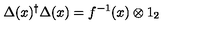
\Delta ( x ) ^ { \dagger } \Delta ( x ) = f ^ { - 1 } ( x ) \otimes 1 _ { 2 }